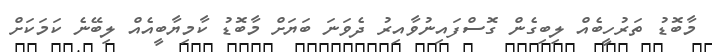
މާބޮޑު ތަރުހީބެއް ލިބިގެން ގޮސްފައިނުވާއިރު ދެވަނަ ބަޔަށް މާބޮޑު ކާމިޔާބީއެއް ލިބޭނެ ކަމަކަށް